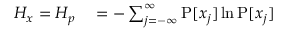
\begin{array} { r l r } { H _ { x } = H _ { p } } & { { } = - \sum _ { j = - \infty } ^ { \infty } \operatorname { P } [ x _ { j } ] \ln \operatorname { P } [ x _ { j } ] } \end{array}